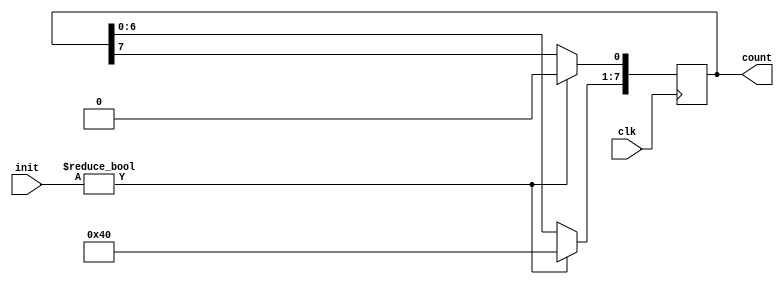
// Module for a 8 bit Ring Counter.
//Two methods has been discussed below
module Ring_Counter (init, clk, count);
input [7:0] init;
input clk;
output reg [7:0] count;

always @(posedge clk) begin
    if(init) count = 8'b10000000;
    else begin
        count <= count << 1;
        count[0] <= count[7];

        //Instead of the above two statements you can also write
        //count = {count[6:0], count[7]};
    end
end

endmodule